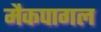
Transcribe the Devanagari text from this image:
मैकपागल